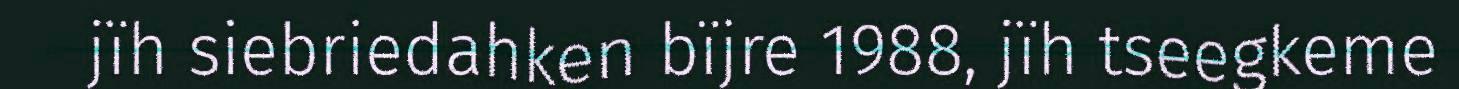
jïh siebriedahken bïjre 1988, jïh tseegkeme